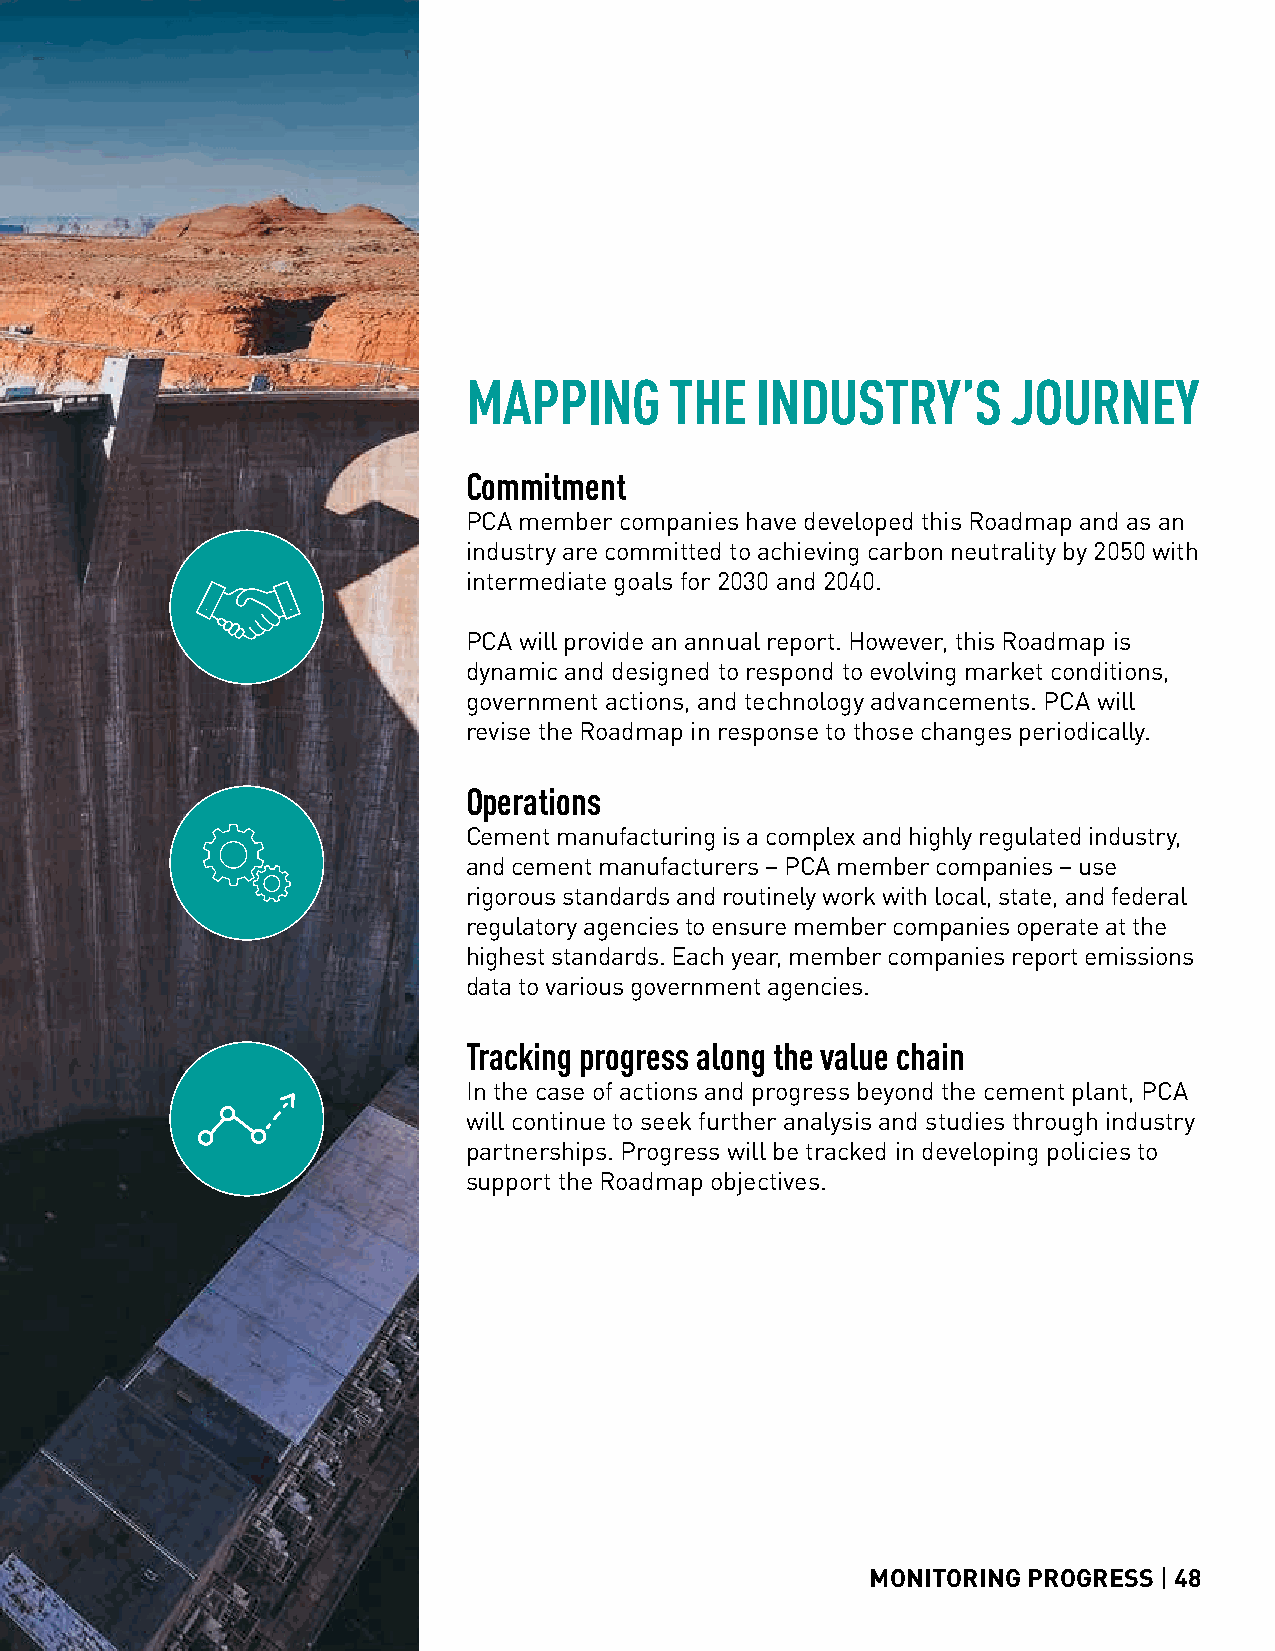
MAPPING      THE   INDUSTRY’S       JOURNEY
 Commitment
 PCA member companies have developed this Roadmap and as an
 industry are committed to achieving carbon neutrality by 2050 with
 intermediate goals for 2030 and 2040.
 PCA will provide an annual report. However, this Roadmap is
 dynamic and designed to respond to evolving market conditions,
 government actions, and technology advancements. PCA will
 revise the Roadmap in response to those changes periodically.
 Operations
 Cement manufacturing is a complex and highly regulated industry,
 and cement manufacturers – PCA member companies – use
 rigorous standards and routinely work with local, state, and federal
 regulatory agencies to ensure member companies operate at the
 highest standards. Each year, member companies report emissions
 data to various government agencies.
 Tracking progress along the value chain
 In the case of actions and progress beyond the cement plant, PCA
 will continue to seek further analysis and studies through industry
 partnerships. Progress will be tracked in developing policies to
 support the Roadmap objectives.
 MONITORING PROGRESS | 48